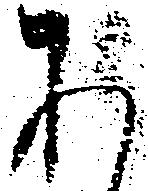
あ